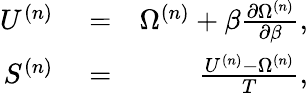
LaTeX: \begin{array}{rlr}{U^{(n)}}&{{}=}&{\Omega^{(n)}+\beta\frac{\partial\Omega^{(n)}}{\partial\beta},}\\ {S^{(n)}}&{{}=}&{\frac{U^{(n)}-\Omega^{(n)}}{T},}\end{array}